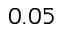
0 . 0 5